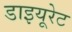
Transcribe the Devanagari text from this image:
डाइयूरेट